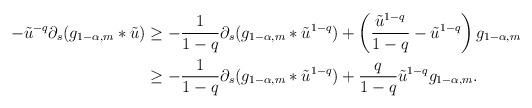
LaTeX: \begin{align*}-\tilde{u}^{-q}\partial_{s}(g_{1-\alpha,m}*\tilde{u}) & \geq -\frac{1}{1-q}\partial_{s}(g_{1-\alpha,m}*\tilde{u}^{1-q})+ \left( \frac{\tilde{u}^{1-q}}{1-q} - \tilde{u}^{1-q} \right)g_{1-\alpha,m} \\& \geq - \frac{1}{1-q}\partial_{s}(g_{1-\alpha,m}*\tilde{u}^{1-q}) + \frac{q}{1-q}\tilde{u}^{1-q}g_{1-\alpha,m}.\end{align*}